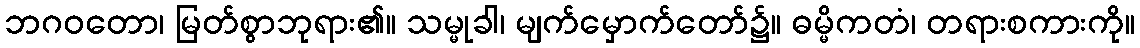
ဘဂဝတော၊ မြတ်စွာဘုရား၏။ သမ္မုခါ၊ မျက်မှောက်တော်၌။ ဓမ္မိကတံ၊ တရားစကားကို။